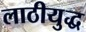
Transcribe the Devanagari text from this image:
लाठीयुद्ध